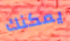
يمكنك